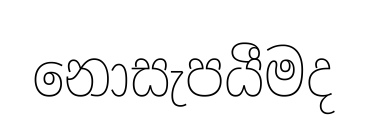
නොසැපයීමද